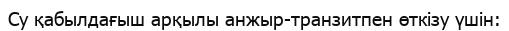
Су қабылдағыш арқылы анжыр-транзитпен өткізу үшін: